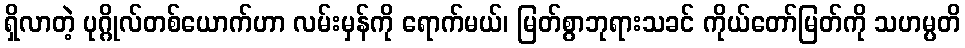
ရှိလာတဲ့ ပုဂ္ဂိုလ်တစ်ယောက်ဟာ လမ်းမှန်ကို ရောက်မယ်၊ မြတ်စွာဘုရားသခင် ကိုယ်တော်မြတ်ကို သဟမ္ပတိ